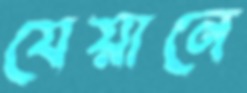
যেয়ানে